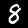
Label: 8